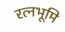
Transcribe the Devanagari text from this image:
रत्नभूमि